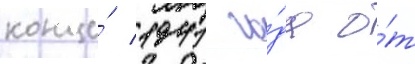
конце́ 1941 го́да о́т